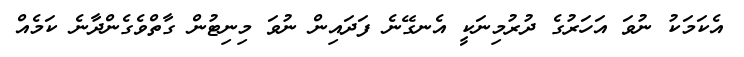
އެކަމަކު ނުވަ އަހަރުގެ ދުރުމިނަކީ އެނގޭނެ ފަދައިން ނުވަ މިނިޓުން ގާތްވެގެންދާނެ ކަމެއް